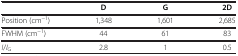
|  | D | G | 2D |
 | --- | --- | --- | --- |
 | Position (cm−1) | 1,348 | 1,601 | 2,685 |
 | FWHM (cm−1) | 44 | 61 | 83 |
 | I/IG | 2.8 | 1 | 0.5 |